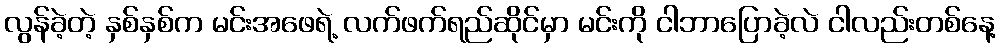
လွန်ခဲ့တဲ့ နှစ်နှစ်က မင်းအဖေရဲ့ လက်ဖက်ရည်ဆိုင်မှာ မင်းကို ငါဘာပြောခဲ့လဲ ငါလည်းတစ်နေ့